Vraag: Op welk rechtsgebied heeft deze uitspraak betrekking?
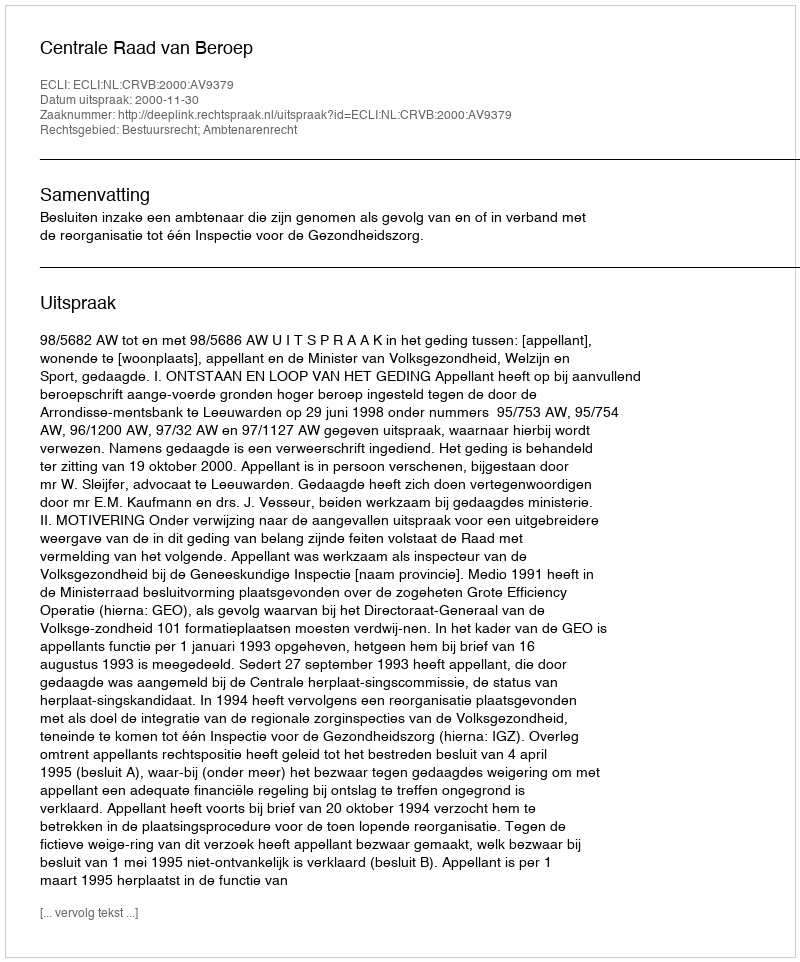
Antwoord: Bestuursrecht; Ambtenarenrecht